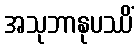
အသုဘာနုပဿိံ